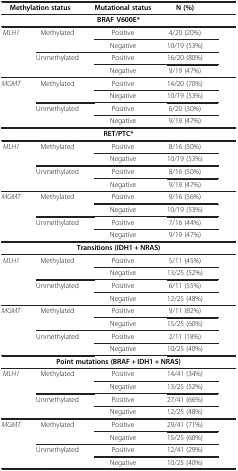
<table><thead><tr><td colspan="2"><b>Methylation status</b></td><td><b>Mutational status</b></td><td><b>N (%)</b></td><td>[EMPTY_CELL]</td></tr></thead><tbody><tr><td colspan="5"><b>BRAF V600E*</b></td></tr><tr><td><i>MLH1</i></td><td>Methylated</td><td>Positive</td><td>4/20 (20%)</td><td>[EMPTY_CELL]</td></tr><tr><td>[EMPTY_CELL]</td><td>[EMPTY_CELL]</td><td>Negative</td><td>10/19 (53%)</td><td>[EMPTY_CELL]</td></tr><tr><td>[EMPTY_CELL]</td><td>Unmethylated</td><td>Positive</td><td>16/20 (80%)</td><td>[EMPTY_CELL]</td></tr><tr><td>[EMPTY_CELL]</td><td>[EMPTY_CELL]</td><td>Negative</td><td>9/19 (47%)</td><td>[EMPTY_CELL]</td></tr><tr><td><i>MGMT</i></td><td>Methylated</td><td>Positive</td><td>14/20 (70%)</td><td>[EMPTY_CELL]</td></tr><tr><td>[EMPTY_CELL]</td><td>[EMPTY_CELL]</td><td>Negative</td><td>10/19 (53%)</td><td>[EMPTY_CELL]</td></tr><tr><td>[EMPTY_CELL]</td><td>Unmethylated</td><td>Positive</td><td>6/20 (30%)</td><td>[EMPTY_CELL]</td></tr><tr><td>[EMPTY_CELL]</td><td>[EMPTY_CELL]</td><td>Negative</td><td>9/19 (47%)</td><td>[EMPTY_CELL]</td></tr><tr><td colspan="5"><b>RET/PTC*</b></td></tr><tr><td><i>MLH1</i></td><td>Methylated</td><td>Positive</td><td>8/16 (50%)</td><td>[EMPTY_CELL]</td></tr><tr><td>[EMPTY_CELL]</td><td>[EMPTY_CELL]</td><td>Negative</td><td>10/19 (53%)</td><td>[EMPTY_CELL]</td></tr><tr><td>[EMPTY_CELL]</td><td>Unmethylated</td><td>Positive</td><td>8/16 (50%)</td><td>[EMPTY_CELL]</td></tr><tr><td>[EMPTY_CELL]</td><td>[EMPTY_CELL]</td><td>Negative</td><td>9/19 (47%)</td><td>[EMPTY_CELL]</td></tr><tr><td><i>MGMT</i></td><td>Methylated</td><td>Positive</td><td>9/16 (56%)</td><td>[EMPTY_CELL]</td></tr><tr><td>[EMPTY_CELL]</td><td>[EMPTY_CELL]</td><td>Negative</td><td>10/19 (53%)</td><td>[EMPTY_CELL]</td></tr><tr><td>[EMPTY_CELL]</td><td>Unmethylated</td><td>Positive</td><td>7/16 (44%)</td><td>[EMPTY_CELL]</td></tr><tr><td>[EMPTY_CELL]</td><td>[EMPTY_CELL]</td><td>Negative</td><td>9/19 (47%)</td><td>[EMPTY_CELL]</td></tr><tr><td colspan="5"><b>Transitions (IDH1 + NRAS)</b></td></tr><tr><td><i>MLH1</i></td><td>Methylated</td><td>Positive</td><td>5/11 (45%)</td><td>[EMPTY_CELL]</td></tr><tr><td>[EMPTY_CELL]</td><td>[EMPTY_CELL]</td><td>Negative</td><td>13/25 (52%)</td><td>[EMPTY_CELL]</td></tr><tr><td>[EMPTY_CELL]</td><td>Unmethylated</td><td>Positive</td><td>6/11 (55%)</td><td>[EMPTY_CELL]</td></tr><tr><td>[EMPTY_CELL]</td><td>[EMPTY_CELL]</td><td>Negative</td><td>12/25 (48%)</td><td>[EMPTY_CELL]</td></tr><tr><td><i>MGMT</i></td><td>Methylated</td><td>Positive</td><td>9/11 (82%)</td><td>[EMPTY_CELL]</td></tr><tr><td>[EMPTY_CELL]</td><td>[EMPTY_CELL]</td><td>Negative</td><td>15/25 (60%)</td><td>[EMPTY_CELL]</td></tr><tr><td>[EMPTY_CELL]</td><td>Unmethylated</td><td>Positive</td><td>2/11 (18%)</td><td>[EMPTY_CELL]</td></tr><tr><td>[EMPTY_CELL]</td><td>[EMPTY_CELL]</td><td>Negative</td><td>10/25 (40%)</td><td>[EMPTY_CELL]</td></tr><tr><td colspan="5"><b>Point mutations (BRAF + IDH1 + NRAS)</b></td></tr><tr><td><i>MLH1</i></td><td>Methylated</td><td>Positive</td><td>14/41 (34%)</td><td>[EMPTY_CELL]</td></tr><tr><td>[EMPTY_CELL]</td><td>[EMPTY_CELL]</td><td>Negative</td><td>13/25 (52%)</td><td>[EMPTY_CELL]</td></tr><tr><td>[EMPTY_CELL]</td><td>Unmethylated</td><td>Positive</td><td>27/41 (66%)</td><td>[EMPTY_CELL]</td></tr><tr><td>[EMPTY_CELL]</td><td>[EMPTY_CELL]</td><td>Negative</td><td>12/25 (48%)</td><td>[EMPTY_CELL]</td></tr><tr><td><i>MGMT</i></td><td>Methylated</td><td>Positive</td><td>29/41 (71%)</td><td>[EMPTY_CELL]</td></tr><tr><td>[EMPTY_CELL]</td><td>[EMPTY_CELL]</td><td>Negative</td><td>15/25 (60%)</td><td>[EMPTY_CELL]</td></tr><tr><td>[EMPTY_CELL]</td><td>Unmethylated</td><td>Positive</td><td>12/41 (29%)</td><td>[EMPTY_CELL]</td></tr><tr><td>[EMPTY_CELL]</td><td>[EMPTY_CELL]</td><td>Negative</td><td>10/25 (40%)</td><td>[EMPTY_CELL]</td></tr></tbody></table>